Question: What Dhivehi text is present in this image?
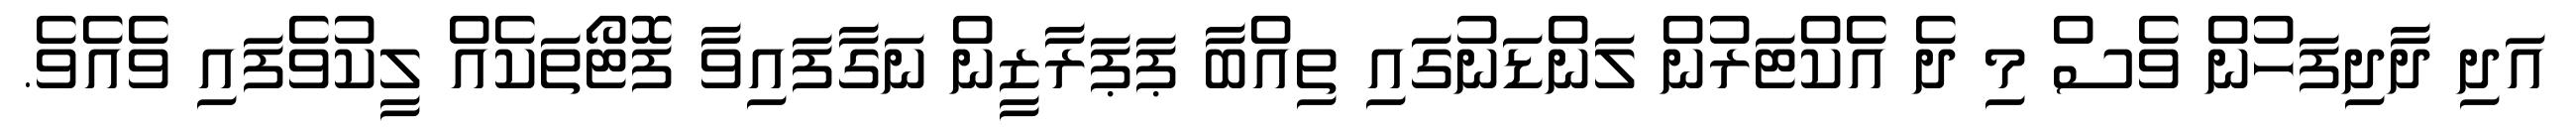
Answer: އަދި ދާދިފަހުން ވެސް މި ދެ އެކްޓަރުން ލަންޑަނުގައި ތިއްބާ ޕަޕަރާޒީން ނަގާފައިވާ ފޮޓޯތަކެއް ލީކުވެފައި ވެއެވެ.